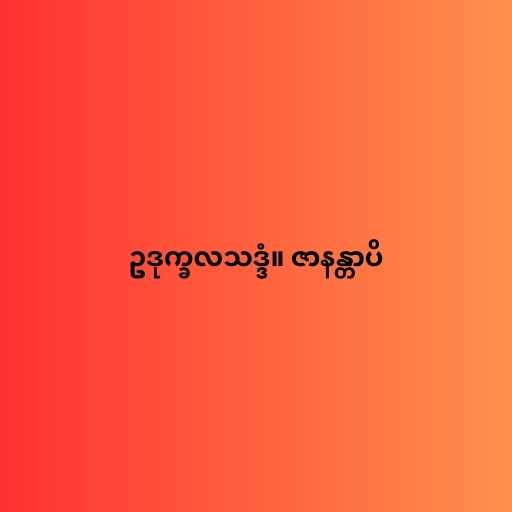
ဥဒုက္ခလသဒ္ဒံ။ ဇာနန္တာပိ